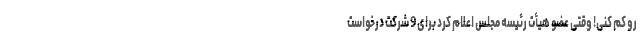
رو کم کنی! وقتی عضو هیأت رئیسه مجلس اعلام کرد برای 9 شرکت درخواست